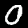
Label: 0